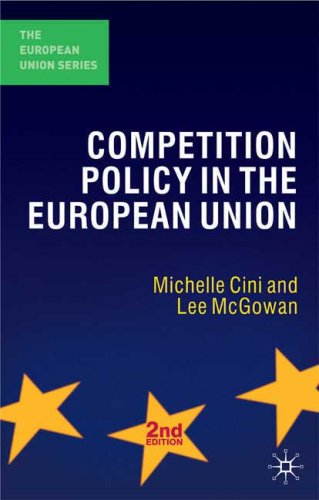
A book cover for The Competition Policy in the European Union (European Union (Paperback Adult)); Michelle Cini; Business & Money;